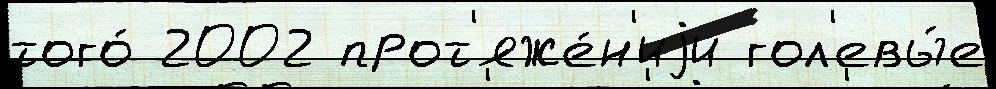
того́ 2002 прот'яже́н'иjи гол'евы́е